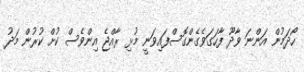
ހޯދަމުން އަންނަ ވާދޫ ފާހަގަވެގެންގޮސްފައިވަނީ މުޅި ރާއްޖެ އިންވެސް ކުށް ކުރުން މަދު